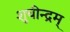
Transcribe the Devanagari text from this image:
शुचीन्द्रम्